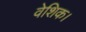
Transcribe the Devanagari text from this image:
वेशिक।